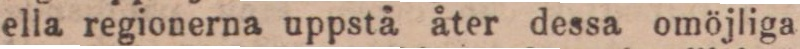
ella regionerna uppstå åter dessa omöjliga